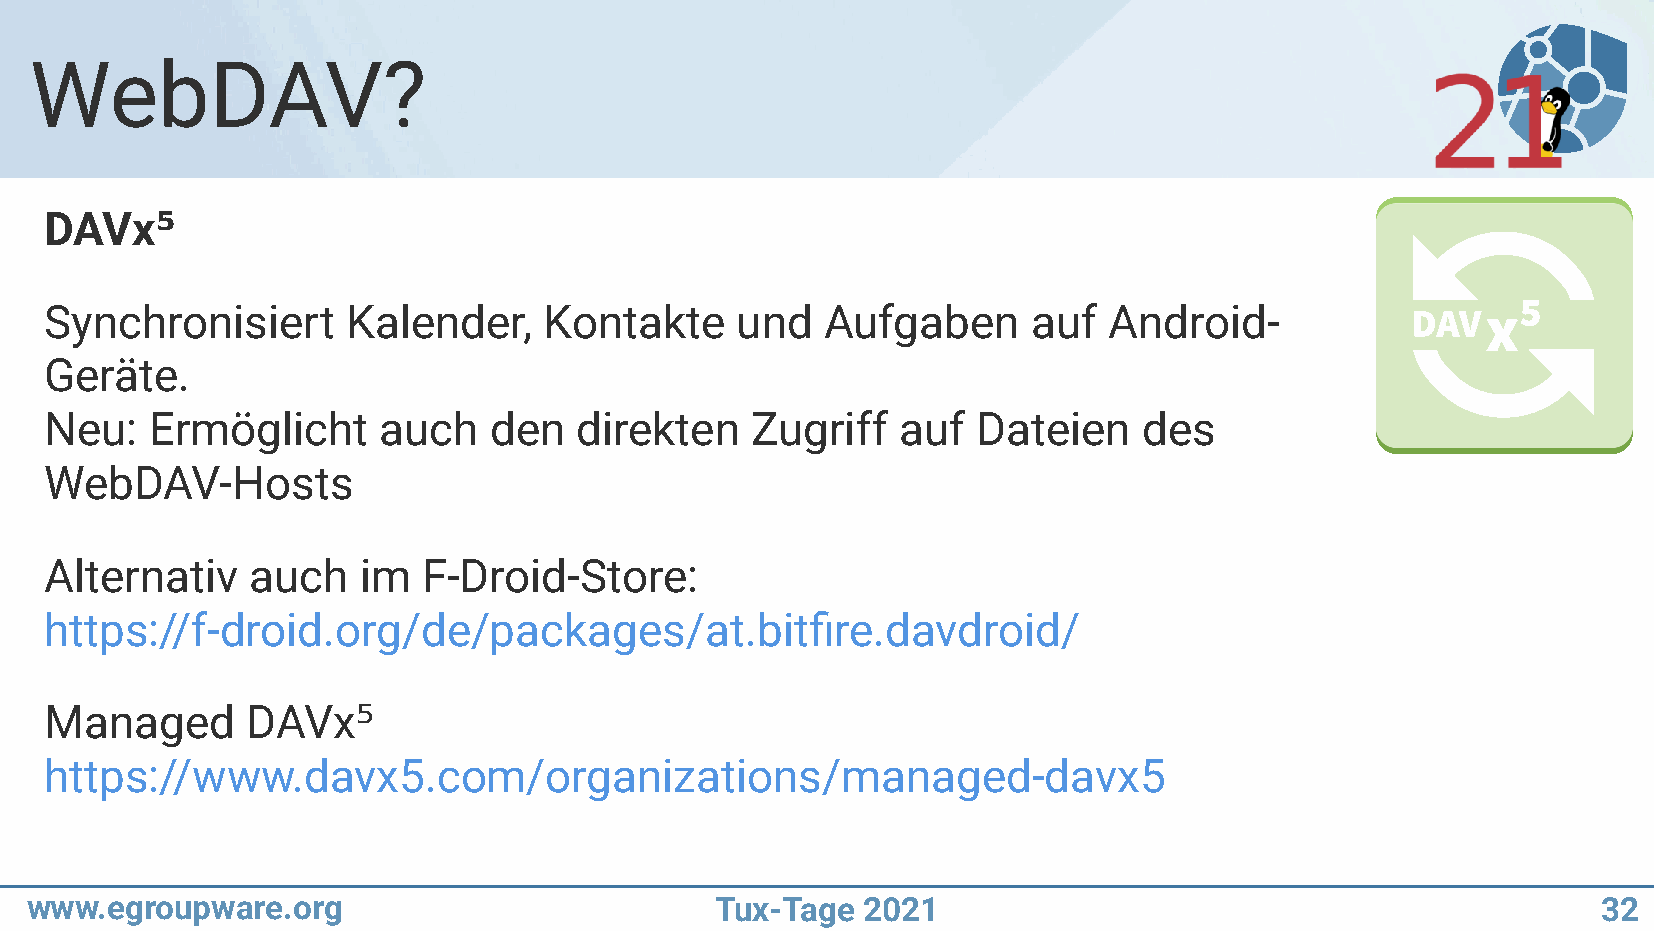
WebDAV?
 DAVx⁵
 Synchronisiert      Kalender,    Kontakte     und   Aufgaben     auf  Android-
 Geräte.
 Neu:   Ermöglicht     auch   den   direkten    Zugriff  auf   Dateien    des
 WebDAV-Hosts
 Alternativ   auch    im  F-Droid-Store:
 https://f-droid.org/de/packages/at.bitfire.davdroid/
 Managed      DAVx⁵
 https://www.davx5.com/organizations/managed-davx5
 www.egroupware.org                           Tux-Tage  2021                                             32